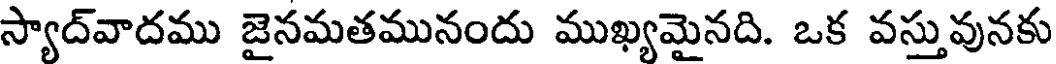
స్యాద్వాదము జైనమతమునందు ముఖ్యమైనది. ఒక వస్తువునకు